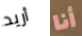
أريد أنا